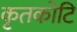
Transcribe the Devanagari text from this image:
कृतकोटि